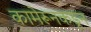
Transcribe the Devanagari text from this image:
कामेरूनकडून